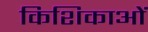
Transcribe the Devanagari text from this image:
किशिकाओं